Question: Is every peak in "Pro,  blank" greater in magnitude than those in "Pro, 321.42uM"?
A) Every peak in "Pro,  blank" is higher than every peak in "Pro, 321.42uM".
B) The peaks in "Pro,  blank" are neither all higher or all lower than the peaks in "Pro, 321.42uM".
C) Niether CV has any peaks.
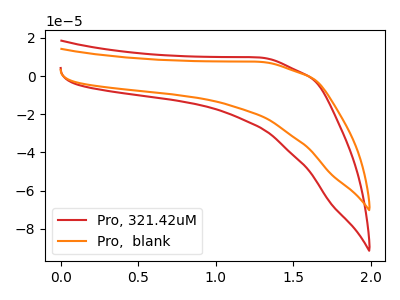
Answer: <think>The red curve "Pro, 321.42uM" has no peaks. The orange curve "Pro,  blank" has no peaks.</think>
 <answer>C) Niether CV has any peaks.</answer>
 <eval>C</eval>